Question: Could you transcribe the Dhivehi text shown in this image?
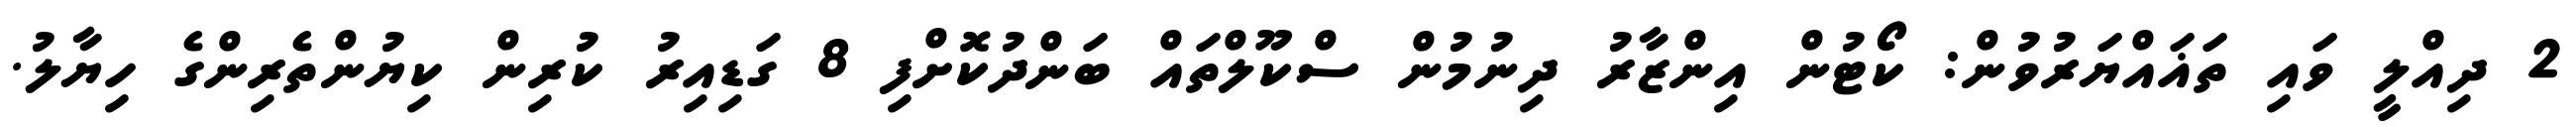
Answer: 2 ދިއްލީ ވައި ތަޣައްޔަރުވުން: ކޯޓުން އިންޒާރު ދިނުމުން ސްކޫލްތައް ބަންދުކޮށްފި 8 ގަޑިއިރު ކުރިން ކިޔުންތެރިންގެ ހިޔާލު.